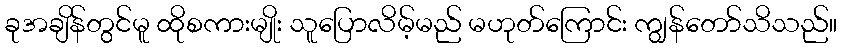
ခုအချိန်တွင်မူ ထိုစကားမျိုး သူပြောလိမ့်မည် မဟုတ်ကြောင်း ကျွန်တော်သိသည်။